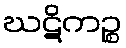
ဃဋိကဉ္စ